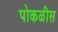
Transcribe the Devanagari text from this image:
पोकळीस